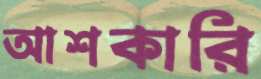
আশকারি